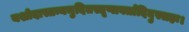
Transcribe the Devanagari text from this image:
यशोदास्तन्यमुदितस्तृणावर्तादिदुस्सहः।